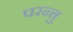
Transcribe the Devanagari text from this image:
परन्त्तु